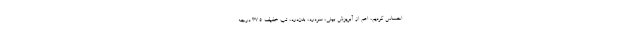
احساس کردیم، اعم از آبریزش بینی، سردرد، بدن‌درد، تب خفیف ۳۷.۵ درجه